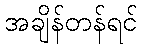
အချိန်တန်ရင်